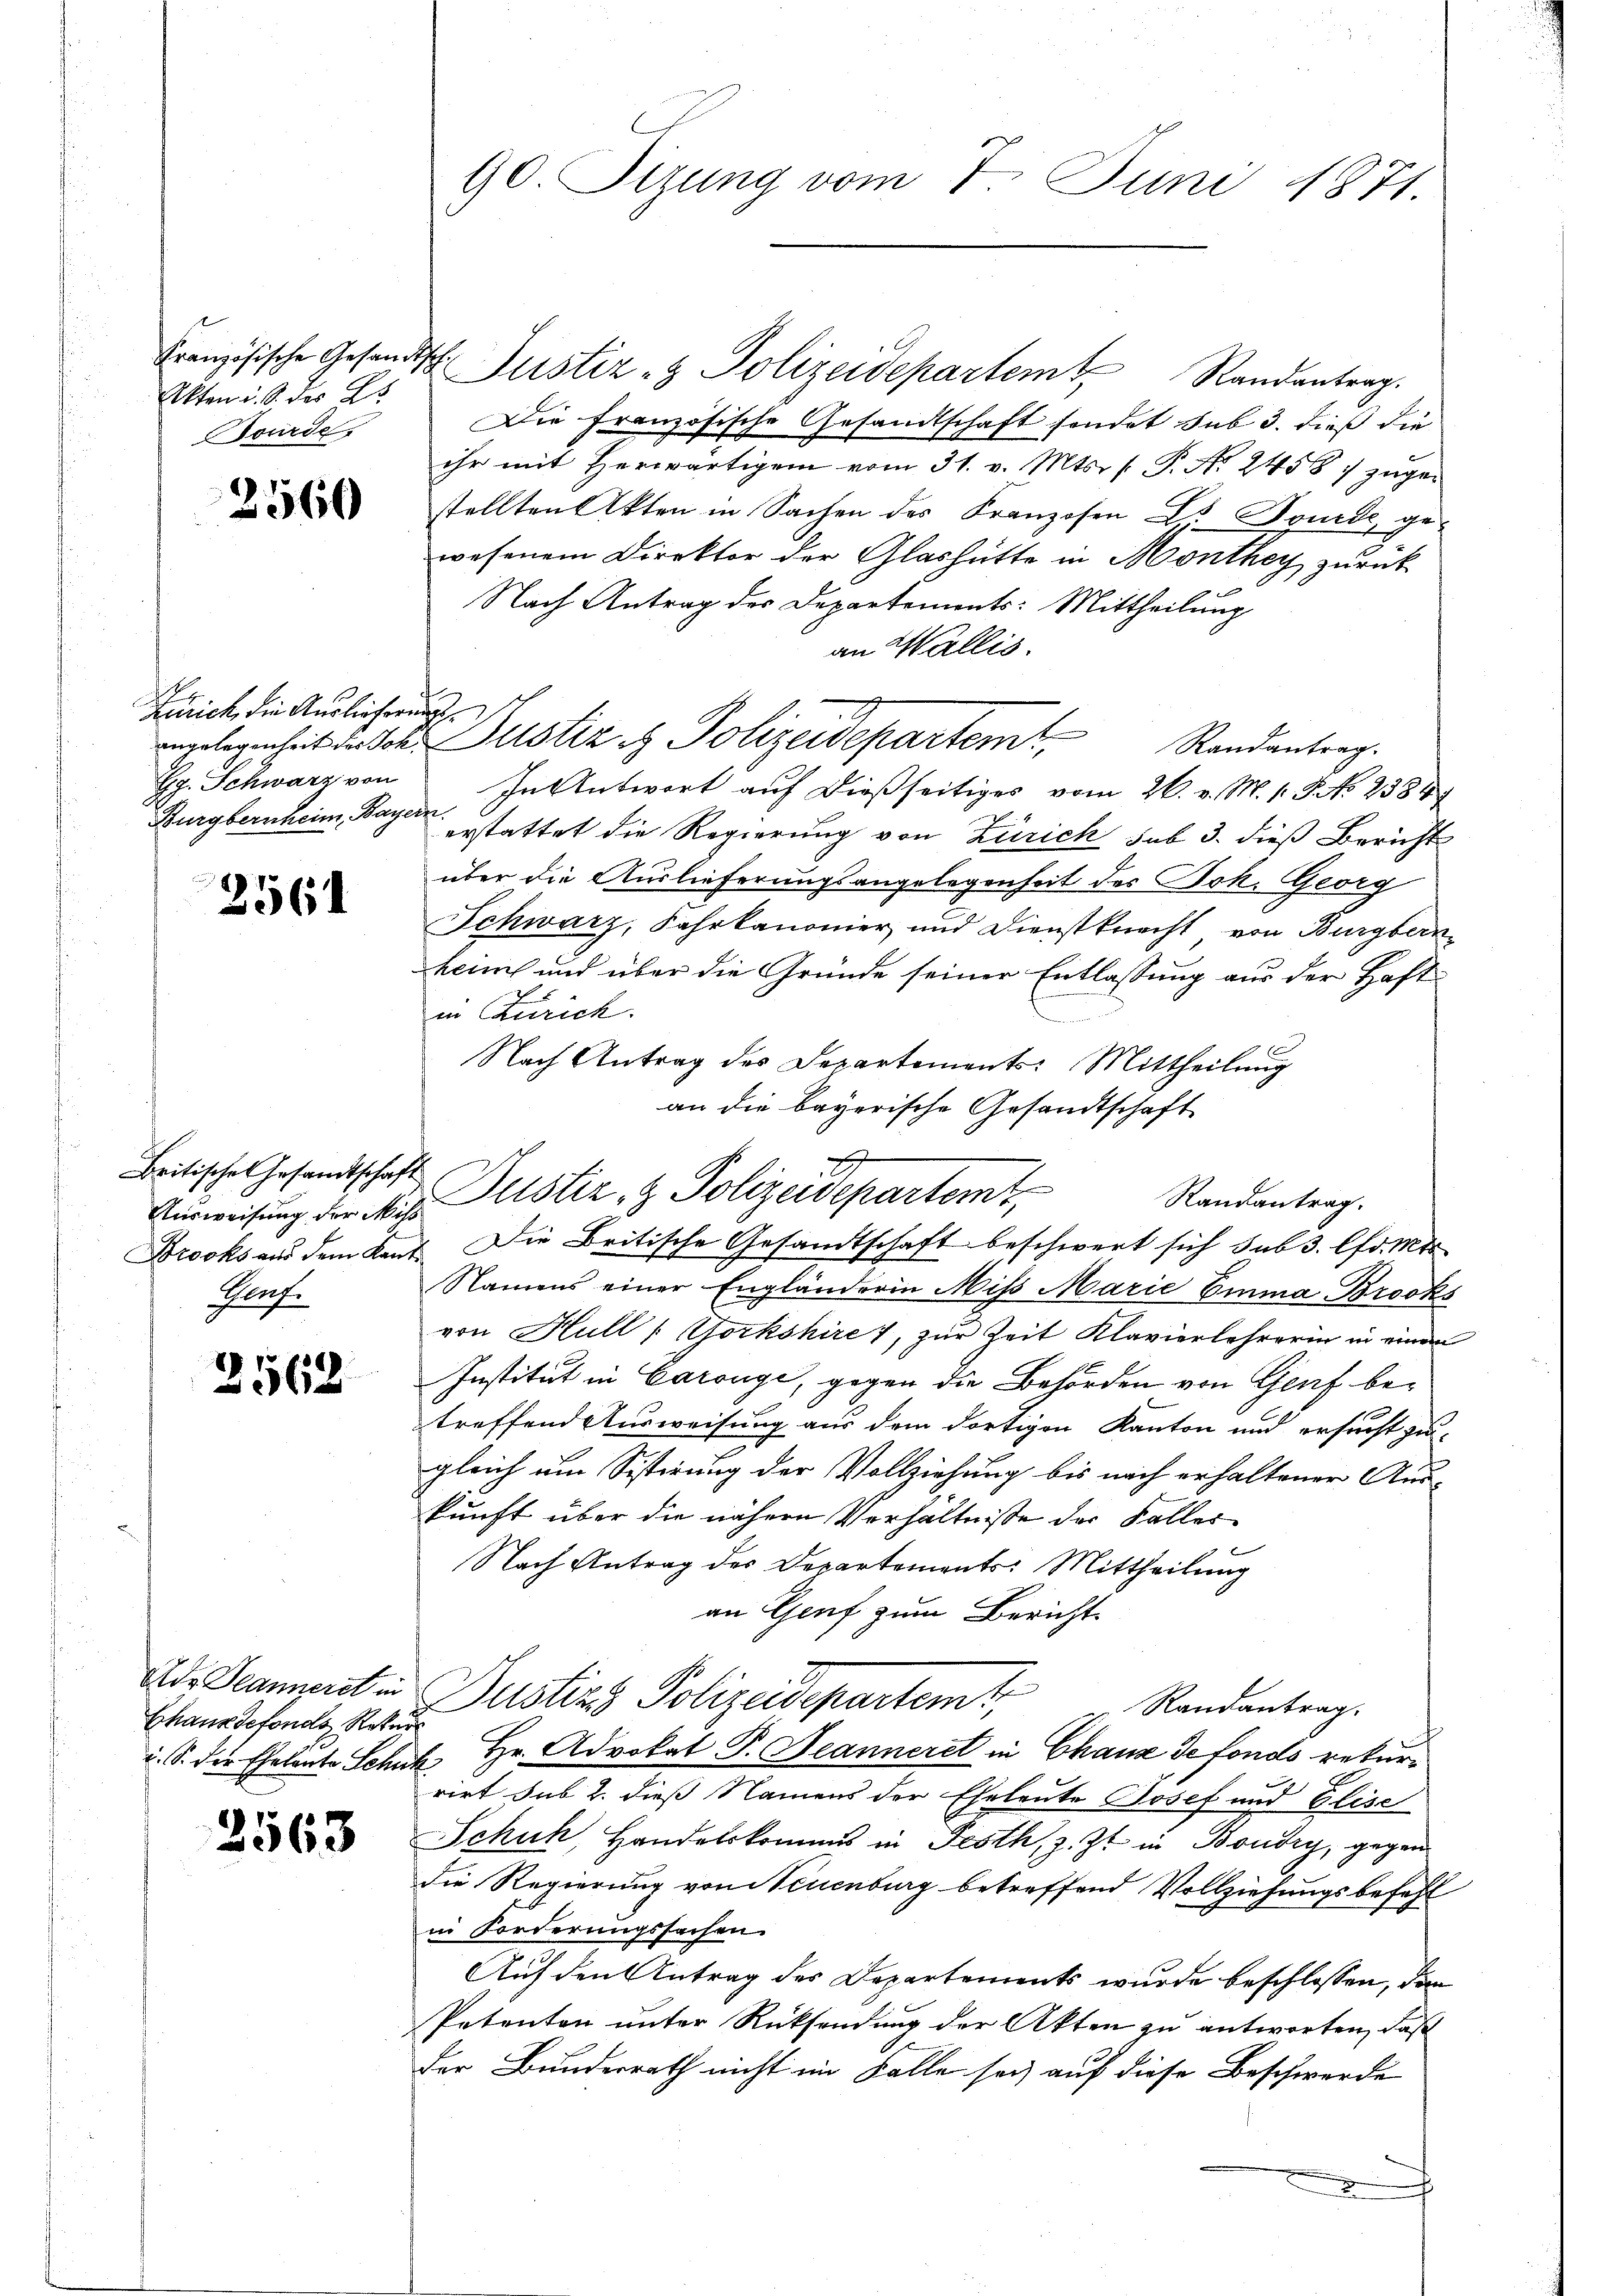
Akten i. S. des 2t
Wurde.

2560

Zürich, die Auslieferung
Gg. Schwarz von
Burgbernheim, Bayern.

2561

Britisches Gesandtschaft
Pauf.

2568

Chaus defonds Rekur

2563

Französische Gesandtsch. Justiz- & Polizeidepartem Randantrag.
Die Französische Gesandtschaft sondet sub 3. dieß die
ihr mit Herwärtigem vom 31. v. Mts. f. P. Nr. 2458 7 zugestellten Akten in Sachen des Franzosen Es wurde, gewesenem Direktor der Glashütte in Monthey zurück
Nach Antrag des Departements: Mittheilung
an Wallis.
Angelegenheit der Joh. Justiz & Polizeidepartemt, Randantrag.
In Antwort auf dießseitiges vom 26. v. M. v. J. No 2388
erstattet die Regierung von Zürich sub 3. dieß Bericht
über die Auslieferungsangelegenheit des Joh. Georg
Schwarz, Fahrkanonier und Dienstknecht von Burgbern
kennt und über die Gründe seiner Entlassung aus der Haft
in Zürich.
Nach Antrag des Departements: Mittheilung
an die bayerische Gesandtschaft

90. Sizung vom 7. Juni 1871.

Randantrag.
Ausweisung der Mit Zustiz & Polizeidepartemt,
Drooks aus dem Kant. Die Britische Gesandtschaft beschwert sich sub 3. Chr. Mor

Namens einer Engländerin Miss Marie Emma Brooks
von Hull / Gorkshire 1, zur Zeit Klavierlehrerin in einen
Institut in Caronge, gegen die Behörden von Genf betreffend Ausweisung aus dem dortigen Kanton und ersucht zu
gleich um Sistirung der Vollziehung bis nach erhaltener Aus-
kunft über die nähern Verhältnisse der Falles
Nach Antrag des Departements: Mittheilung
an Genf zum Bericht
Randantrag.
u. S. der Eheleute Schuh Hr. Advokat P. Jeanneret in Chaux de fonds rekurrirt sub 2. dieß Namens der Eheleute Josef und Elise
Schuh, Handelskommis in Festh, z. Zt. in Boudry, gegen
die Regierung von Neuenburg betreffend Vollziehungsbefehl
in Forderungssachen.
Auf den Antrag des Departements wurde beschlossen, den
Petenten unter Rücksendung der Akten zu antworten, daß
der Bunderrath nicht im Falle sei, auf diese Beschwerde
x

Ads Jeannert in Justizs Polizeidepartem t